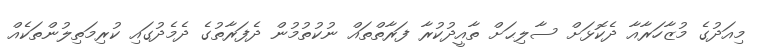
މިއަދުގެ މުޒާހަރާއާ ދެކޮޅަށް ސާލިޙަށް ތާއީދުކުރާ ފަރާތްތައް ނުކުތުމުން ދެފަރާތުގެ ދެމެދުގައި ކުރިމަތިލުންތަކެއް